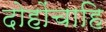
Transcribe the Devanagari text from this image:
दोहोंचाहि